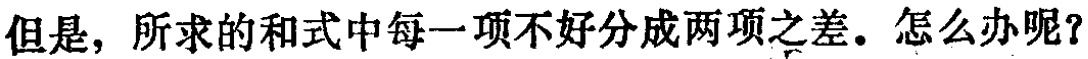
但是，所求的和式中每一项不好分成两项之差。怎么办呢？